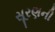
સૂરણની